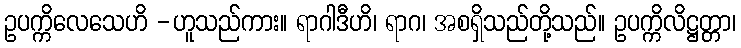
ဥပက္ကိလေသေဟိ -ဟူသည်ကား။ ရာဂါဒီဟိ၊ ရာဂ၊ အစရှိသည်တို့သည်။ ဥပက္ကိလိဋ္ဌတ္တာ၊